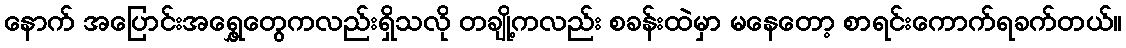
နောက် အပြောင်းအရွှေ့တွေကလည်းရှိသလို တချို့ကလည်း စခန်းထဲမှာ မနေတော့ စာရင်းကောက်ရခက်တယ်။